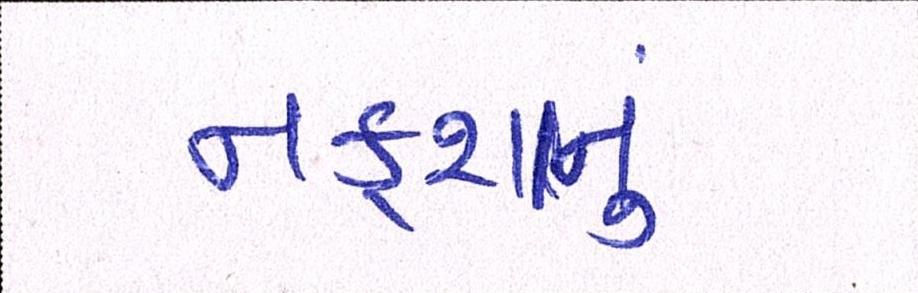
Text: નકશાનું